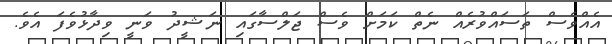
އެއްވެސް ތަސައްވުރެއް ނެތް ކަމަށް ވެސް ޖަލްސާގައި ނަޝީދު ވަނީ ވިދާޅުވެފަ އެވެ.